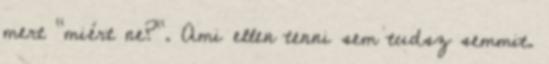
mert "miért ne?". Ami ellen tenni sem tudsz semmit.